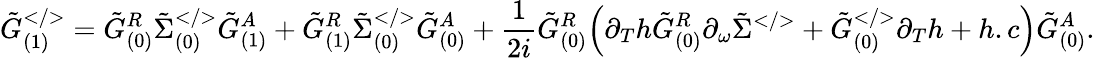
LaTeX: \tilde{G}_{(1)}^{</>}=\tilde{G}_{(0)}^{R}\tilde{\Sigma}_{(0)}^{</>}\tilde{G}_{(1)}^{A}+\tilde{G}_{(1)}^{R}\tilde{\Sigma}_{(0)}^{</>}\tilde{G}_{(0)}^{A}+\frac{1}{2i}\tilde{G}_{(0)}^{R}\Big(\partial_{T}h\tilde{G}_{(0)}^{R}\partial_{\omega}\tilde{\Sigma}^{</>}+\tilde{G}_{(0)}^{</>}\partial_{T}h+h.c\Big)\tilde{G}_{(0)}^{A}.